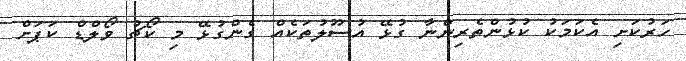
ހަރުކަށި އެކަމަކު ކުޅުންތެރިންނާ ގުޅޭ އުސޫލުތަކެއް ގެންގުޅޭ މި ކޯޗު ވޯލްޑް ކަޕަށް